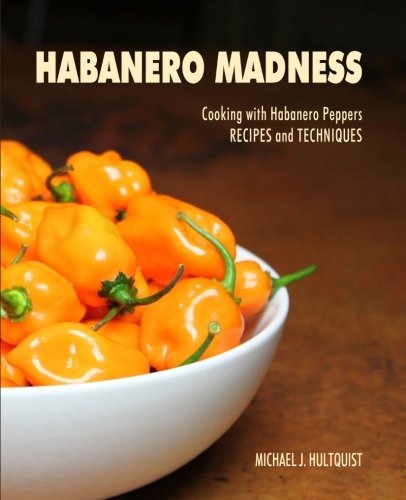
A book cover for Habanero Madness; Michael J. Hultquist; Cookbooks, Food & Wine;